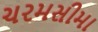
ચરમસીમા